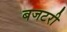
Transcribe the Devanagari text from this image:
बजटरी